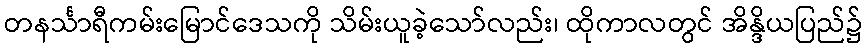
တနင်္သာရီကမ်းမြောင်ဒေသကို သိမ်းယူခဲ့သော်လည်း၊ ထိုကာလတွင် အိန္ဒိယပြည်၌